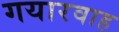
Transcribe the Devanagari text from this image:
गयारवाह